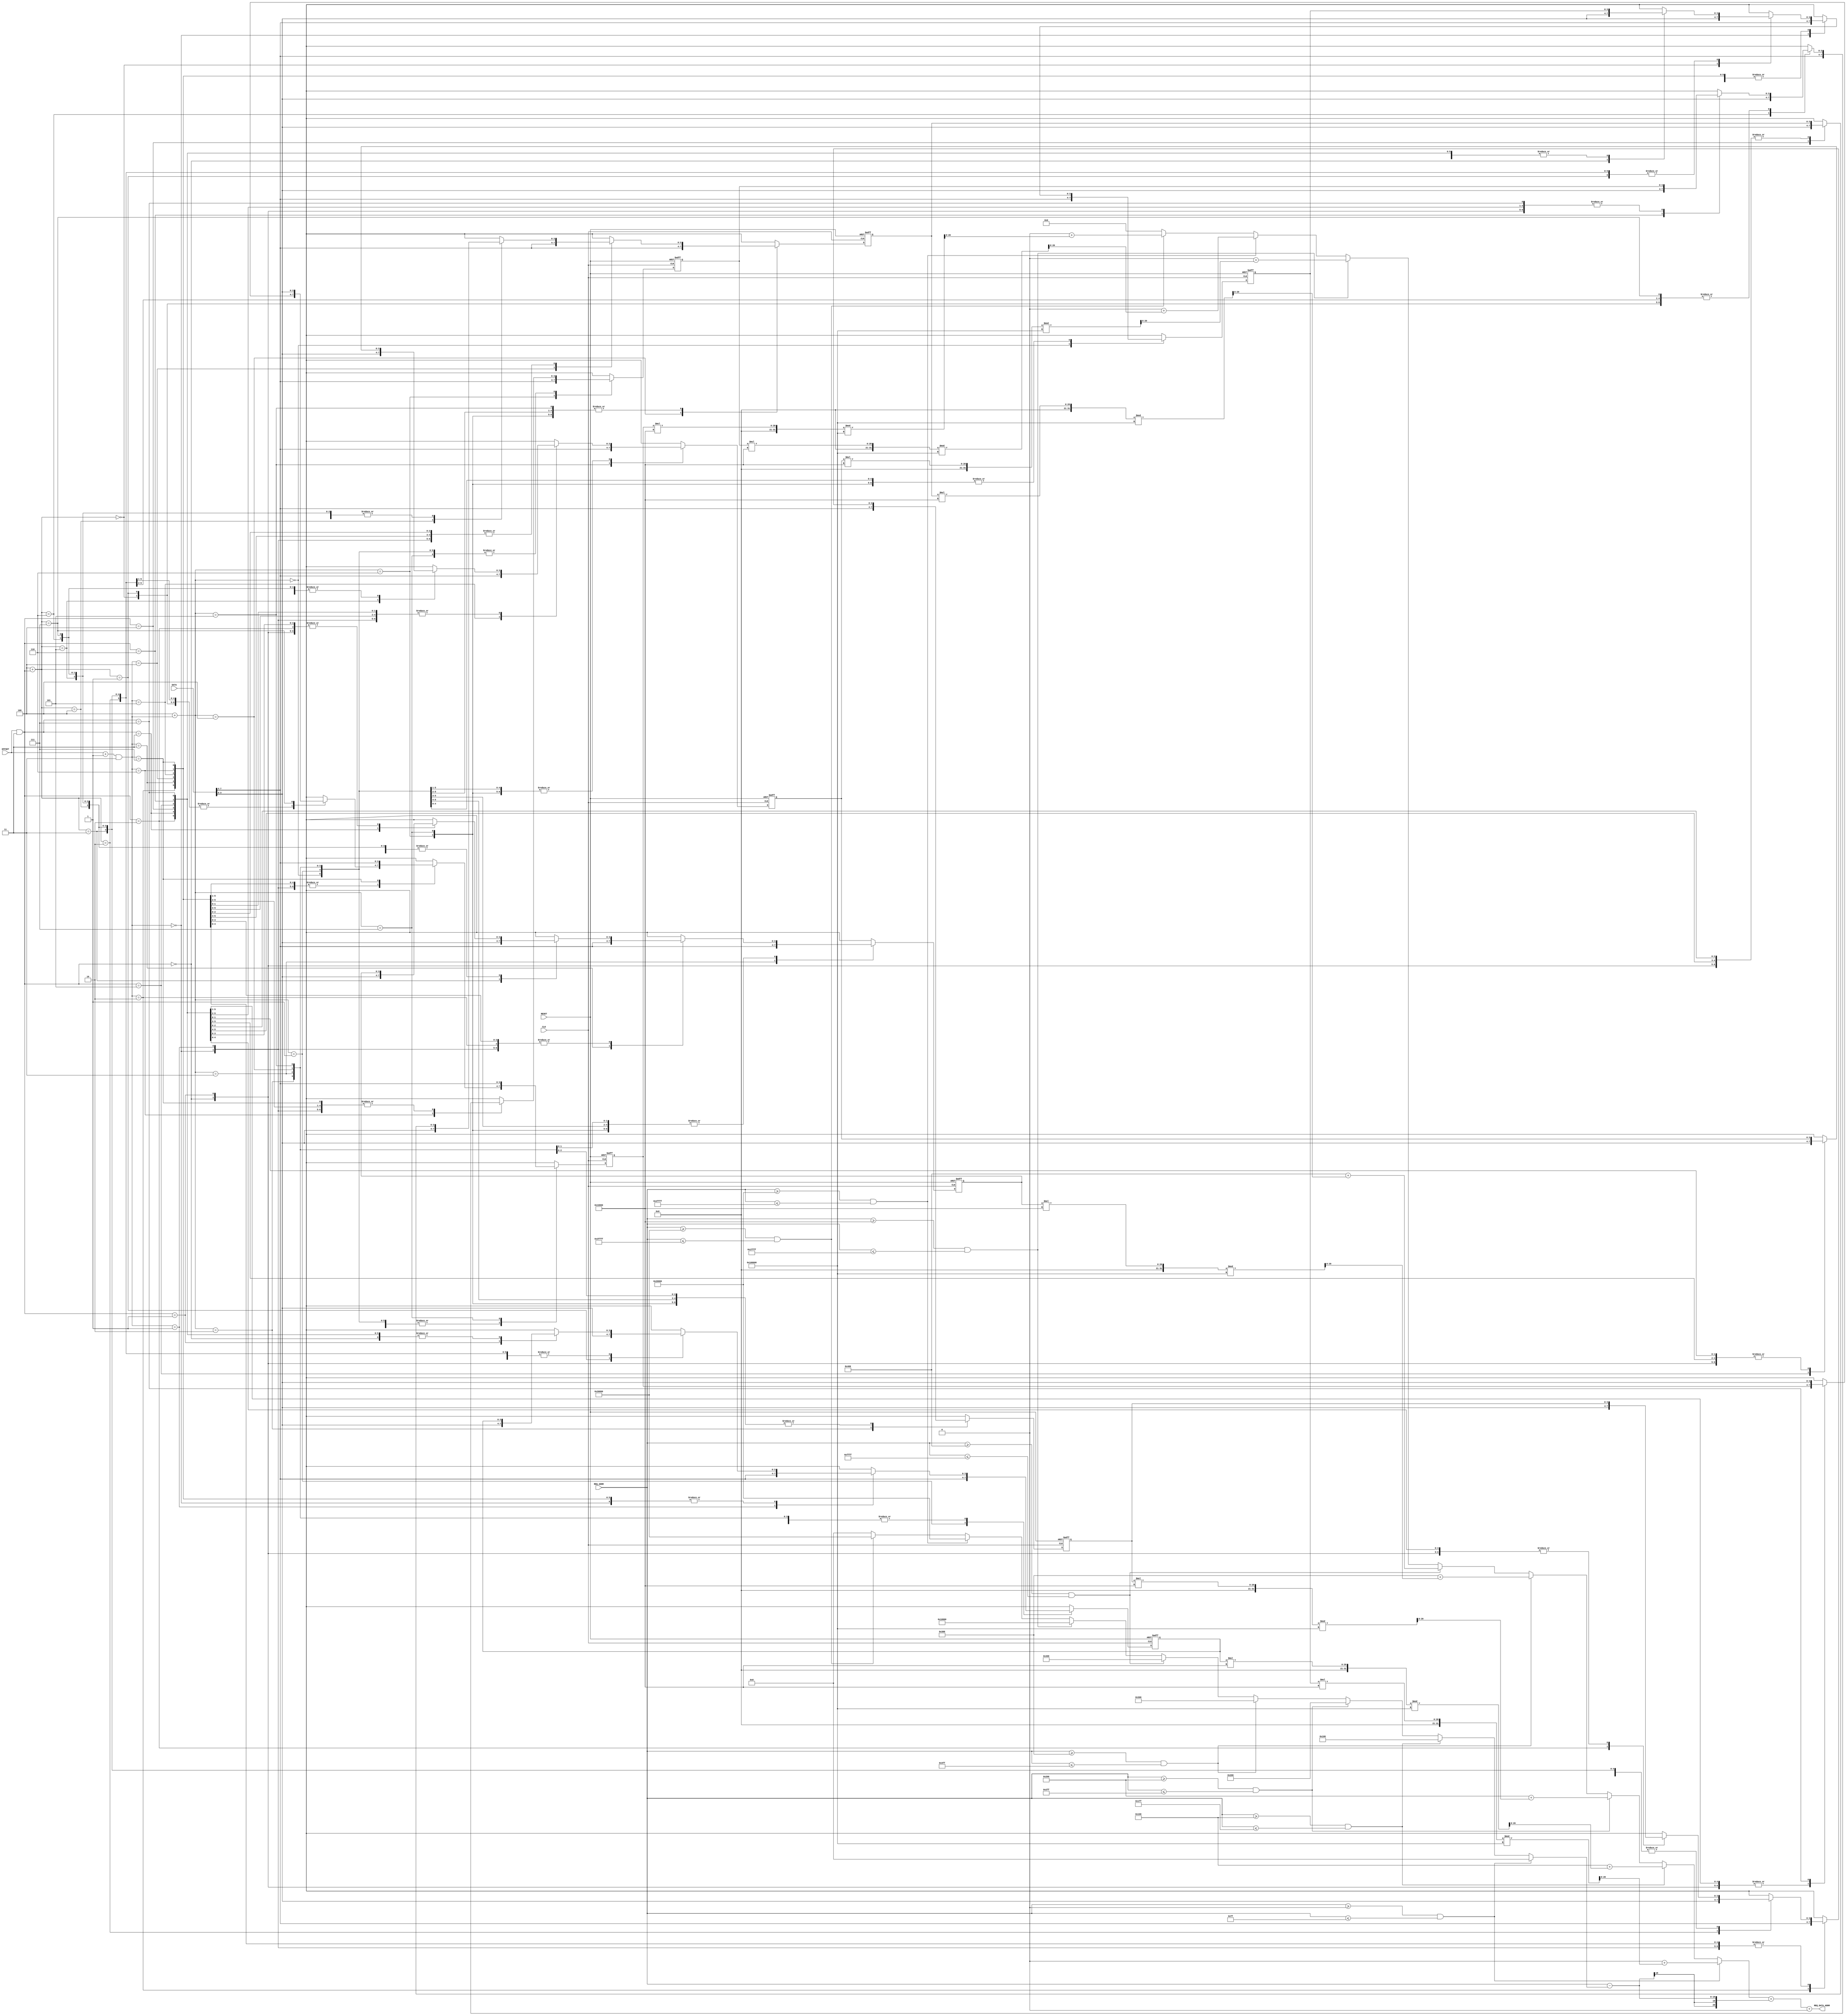
/*
* <-- pr4m0d -->
* https://pram0d.com
* https://twitter.com/pr4m0d
* https://github.com/psomashekar
*
* Copyright (c) 2022 Pramod Somashekar
*
* This program is free software: you can redistribute it and/or modify
* it under the terms of the GNU General Public License as published by
* the Free Software Foundation, either version 3 of the License, or
* (at your option) any later version.
*
* This program is distributed in the hope that it will be useful,
* but WITHOUT ANY WARRANTY; without even the implied warranty of
* MERCHANTABILITY or FITNESS FOR A PARTICULAR PURPOSE.  See the
* GNU General Public License for more details.
*
* You should have received a copy of the GNU General Public License
* along with this program.  If not, see <https://www.gnu.org/licenses/>.
*/
/*
NMK112 for bankswitching OKI6295 sample roms
*/

module NMK112 (
    input CLK,
    input RESET,
    input  [2:0] OFFSET,
    input  [7:0] DATA,
    input  [17:0] REQ_ADDR,
    output [20:0] REQ_DATA_ADDR
);

parameter TABLESIZE = 'h100;
parameter BANKSIZE = 'h10000;
parameter ROM_LENGTH = 'h100000;
parameter ROM_OFFS = 'h0;
parameter PAGE_MASK = 'hFF;

reg [3:0] bank_addrs [0:7];

//address map
wire bank_a = REQ_ADDR >= 'h0 && REQ_ADDR <='hFF, 
     bank_b = REQ_ADDR >= 'h100 && REQ_ADDR <='h1FF, 
     bank_c = REQ_ADDR >= 'h200 && REQ_ADDR <='h2FF, 
     bank_d = REQ_ADDR >= 'h300 && REQ_ADDR <='h3FF, 
     bank_e = REQ_ADDR >= 'h400 && REQ_ADDR <='hFFFF, 
     bank_f = REQ_ADDR >= 'h10000 && REQ_ADDR <='h1FFFF, 
     bank_g = REQ_ADDR >= 'h20000 && REQ_ADDR <='h2FFFF, 
     bank_h = REQ_ADDR >= 'h30000 && REQ_ADDR <='h3FFFF;

wire [17:0] bank_base = bank_a ? 'h0 :
                        bank_b ? 'h100 :
                        bank_c ? 'h200 :
                        bank_d ? 'h300 :
                        bank_e ? 'h400 :
                        bank_f ? 'h10000 :
                        bank_g ? 'h20000 :
                        bank_h ? 'h30000 :
                        0;

assign REQ_DATA_ADDR = (bank_a ? ('h100*0) + ((bank_addrs[0] * BANKSIZE) % ROM_LENGTH) :
                        bank_b ? ('h100*1) + ((bank_addrs[1] * BANKSIZE) % ROM_LENGTH) :
                        bank_c ? ('h100*2) + ((bank_addrs[2] * BANKSIZE) % ROM_LENGTH) :
                        bank_d ? ('h100*3) + ((bank_addrs[3] * BANKSIZE) % ROM_LENGTH) :
                        bank_e ? ('h400) + ((bank_addrs[4] * BANKSIZE) % ROM_LENGTH) :
                        bank_f ? ('h0) + ((bank_addrs[5] * BANKSIZE) % ROM_LENGTH) :
                        bank_g ? ('h0) + ((bank_addrs[6] * BANKSIZE) % ROM_LENGTH) :
                        bank_h ? ('h0) + ((bank_addrs[7] * BANKSIZE) % ROM_LENGTH) : 
                        0) + (REQ_ADDR - bank_base) + ROM_OFFS;
always @(posedge CLK, posedge RESET) begin
    if(RESET) begin
        bank_addrs[0] = 4'h0;
        bank_addrs[1] = 4'h0;
        bank_addrs[2] = 4'h0;
        bank_addrs[3] = 4'h0;
        bank_addrs[4] = 4'h0;
        bank_addrs[5] = 4'h0;
        bank_addrs[6] = 4'h0;
        bank_addrs[7] = 4'h0;
    end else begin
        bank_addrs[(OFFSET & 3)] = DATA[3:0];
        bank_addrs[4 + (OFFSET & 3)] = DATA[3:0];
        bank_addrs[(OFFSET + 1) & 3] = DATA[7:4];
        bank_addrs[4 + (((OFFSET + 1) & 3))] = DATA[7:4]; 
    end
end

endmodule